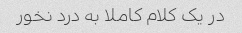
در یک کلام کاملا به درد نخور